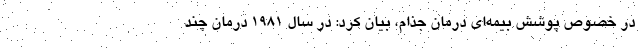
در خصوص پوشش بیمه‌ای درمان جذام، بیان کرد: در سال ۱۹۸۱ درمان چند